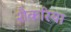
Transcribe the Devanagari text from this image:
शैकरिया